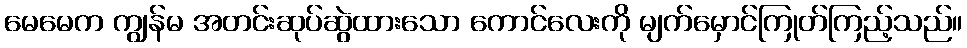
မေမေက ကျွန်မ အတင်းဆုပ်ဆွဲထားသော ကောင်လေးကို မျက်မှောင်ကြုတ်ကြည့်သည်။